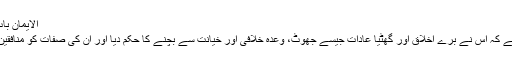
الایمان باب خصال المنافق 58)
یہ اسلام کی عظمت ہے کہ اس نے برے اخلاق اور گھٹیا عادات جیسے جھوٹ، وعدہ خلافی اور خیانت سے بچنے کا حکم دیا اور ان کی صفات کو منافقین کی صفات قرار دیں۔